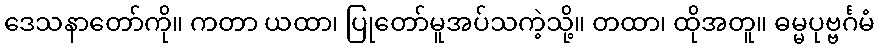
ဒေသနာတော်ကို။ ကတာ ယထာ၊ ပြုတော်မူအပ်သကဲ့သို့။ တထာ၊ ထိုအတူ။ ဓမ္မပုဗ္ဗင်္ဂမံ